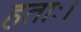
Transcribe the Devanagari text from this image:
हताः।